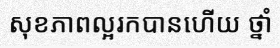
សុខភាពល្អរកបានហើយ ថ្នាំ